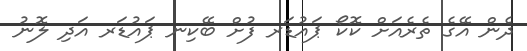
ދެން އޭގެ ތެރެއަށް ކޮކޯ ޕައުޑަރ ފުށް ބޭކިނ ޕައުޑަރ އަދި ލޮނު